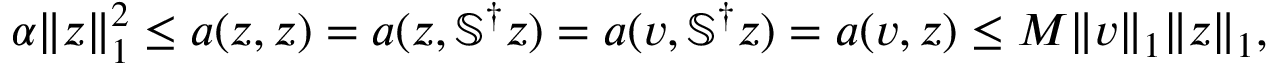
\begin{array} { r } { \alpha \| \boldsymbol { z } \| _ { 1 } ^ { 2 } \leq a ( \boldsymbol { z } , \boldsymbol { z } ) = a ( \boldsymbol { z } , \mathbb { S } ^ { \dagger } \boldsymbol { z } ) = a ( \boldsymbol { v } , \mathbb { S } ^ { \dagger } \boldsymbol { z } ) = a ( \boldsymbol { v } , \boldsymbol { z } ) \leq M \| \boldsymbol { v } \| _ { 1 } \| \boldsymbol { z } \| _ { 1 } , } \end{array}